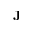
\bf { J }